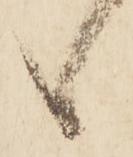
候